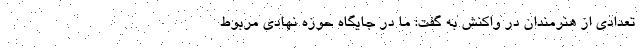
تعدادی از هنرمندان در واکنش به گفت: ما در جایگاه حوزه نهادی مربوط